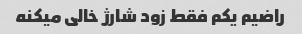
راضیم یکم فقط زود شارژ خالی میکنه